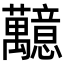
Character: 䖁